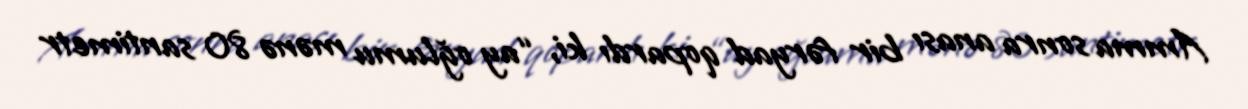
Amma sonra anası bir fəryad qopardı ki, “ay oğlumu mənə 80 santimetr